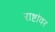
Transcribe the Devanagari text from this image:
राष्टांवर